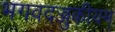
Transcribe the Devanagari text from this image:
भगवदज्जुकीयम्‌